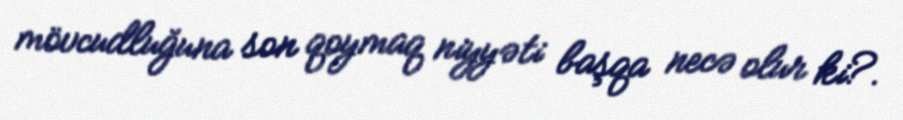
mövcudluğuna son qoymaq niyyəti başqa necə olur ki?.